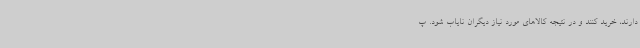
دارند، خرید کنند و در نتیجه کالاهای مورد نیاز دیگران نایاب شود. پ